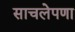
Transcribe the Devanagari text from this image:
साचलेपणा